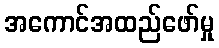
အကောင်အထည်ဖော်မှု